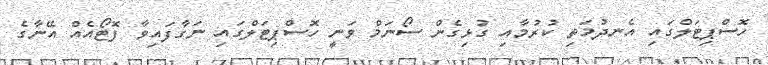
ހޮސްޕިޓަލްގައި އެނދުމަތި ކުރުމާއި ގުޅިގެން ސޯނަމް ވަނީ ހޮސްޕިޓަލްގައި ނަގާފައިވާ ފޮޓޯއެއް އޭނާގެ